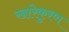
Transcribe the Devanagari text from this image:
खारेकुरण